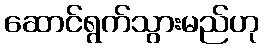
ဆောင်ရွက်သွားမည်ဟု